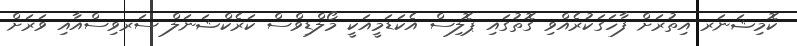
ކޮމިޝަނަރ އިތުރަށް ފާހަގަކުރެއްވި ގޮތުގައި ޕޮލިސް އެކަޑަމީއަކީ މޯލްޑިވްސް ކަރެކްޝަނަލް ސަރވިސްއާއި ވަރަށް